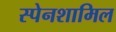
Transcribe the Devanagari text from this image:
स्पेनशामिल